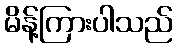
မိန့်ကြားပါသည်